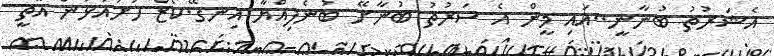
އެޝަރުތު ބުނާާނީ..އައި މީން އެ ސަރުތު ބުނާށޭ ބުނެފިއްޔާ އިނގޭ.ކޯޒް ހުށައަޅަން އޮތީ